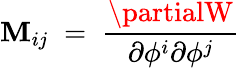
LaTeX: \mathbf{M}_{ij}\; =\; {\frac{{\partialW}}{{\partial\phi^{i}\partial\phi^{j}}}}